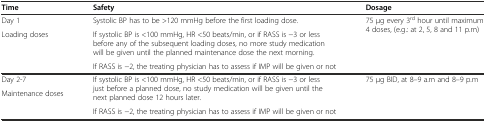
<table><thead><tr><td><b>Time</b></td><td><b>Safety</b></td><td><b>Dosage</b></td></tr></thead><tbody><tr><td>Day 1</td><td>Systolic BP has to be &gt;120 mmHg before the first loading dose.</td><td rowspan="3">75 μg every 3<sup>rd</sup> hour until maximum 4 doses, (e.g.: at 2, 5, 8 and 11 p.m)</td></tr><tr><td rowspan="2">Loading doses</td><td>If systolic BP is &lt;100 mmHg, HR &lt;50 beats/min, or if RASS is −3 or less before any of the subsequent loading doses, no more study medication will be given until the planned maintenance dose the next morning.</td></tr><tr><td>If RASS is −2, the treating physician has to assess if IMP will be given or not</td></tr><tr><td>Day 2-7</td><td rowspan="2">If systolic BP is &lt;100 mmHg, HR &lt;50 beats/min, or if RASS is −3 or less just before a planned dose, no study medication will be given until the next planned dose 12 hours later.</td><td rowspan="3">75 μg BID, at 8–9 a.m and 8–9 p.m</td></tr><tr><td rowspan="2">Maintenance doses</td></tr><tr><td>If RASS is −2, the treating physician has to assess if IMP will be given or not</td></tr></tbody></table>